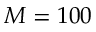
M = 1 0 0